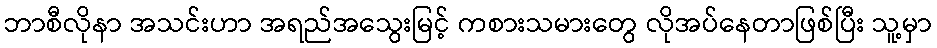
ဘာစီလိုနာ အသင်းဟာ အရည်အသွေးမြင့် ကစားသမားတွေ လိုအပ်နေတာဖြစ်ပြီး သူ့မှာ